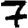
Digit: 7